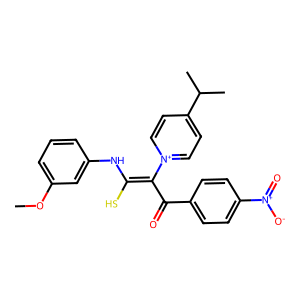
SMILES: COc1cccc(NC(S)=C(C(=O)c2ccc([N+](=O)[O-])cc2)[n+]2ccc(C(C)C)cc2)c1
Inhibits HIV replication: No